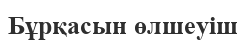
Бұрқасын өлшеуіш